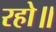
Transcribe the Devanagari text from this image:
रहो॥